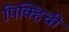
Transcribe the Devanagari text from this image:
पिक्हिची